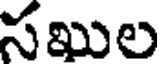
సఖుల